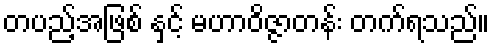
တပည့်အဖြစ် နှင့် မဟာဝိဇ္ဇာတန်း တက်ရသည်။